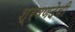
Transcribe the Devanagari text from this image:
श्रवणदेवी